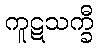
ကူဋသက္ခီ